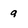
Character: a